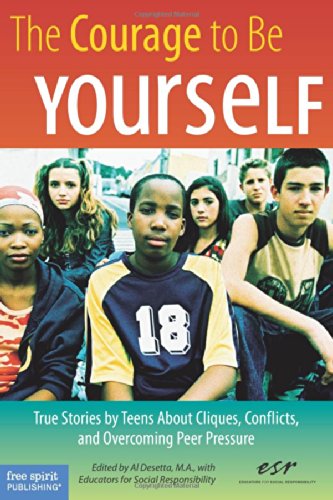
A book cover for The Courage to Be Yourself: True Stories by Teens About Cliques, Conflicts, and Overcoming Peer Pressure; Teen & Young Adult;